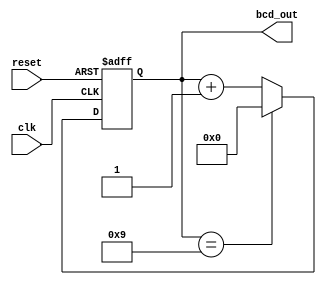
module BCD_Counter(
    input wire clk, // Clock input
    input wire reset, // Active high reset input
    output reg [3:0] bcd_out // BCD Counter output, 4 digits
);

reg [3:0] bcd_reg; // Register to hold BCD Counter value

always @(posedge clk or posedge reset) begin
    if (reset) begin
        bcd_reg <= 4'b0000; // Reset BCD Counter to 0
    end else begin
        if (bcd_reg == 4'b1001) begin
            bcd_reg <= 4'b0000; // Reset BCD Counter when it reaches 9
        end else begin
            bcd_reg <= bcd_reg + 4'b0001; // Increment BCD Counter by 1
        end
    end
end

assign bcd_out = bcd_reg;

endmodule